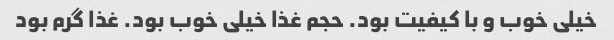
خیلی خوب و با کیفیت بود. حجم غذا خیلی خوب بود. غذا گرم بود